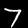
Digit: 7